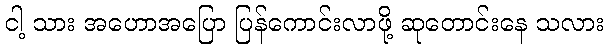
ငါ့ သား အဟောအပြော ပြန်ကောင်းလာဖို့ ဆုတောင်းနေ သလား